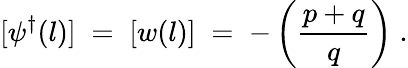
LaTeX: [\psi^{\dagger}(l)]\; =\; [w(l)]\; =\; -\left(\frac{p+q}{q}\right)\; .